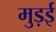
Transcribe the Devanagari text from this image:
मुड़ई